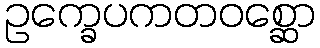
ဥက္ခေပကတဝစ္ဆော